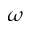
\omega